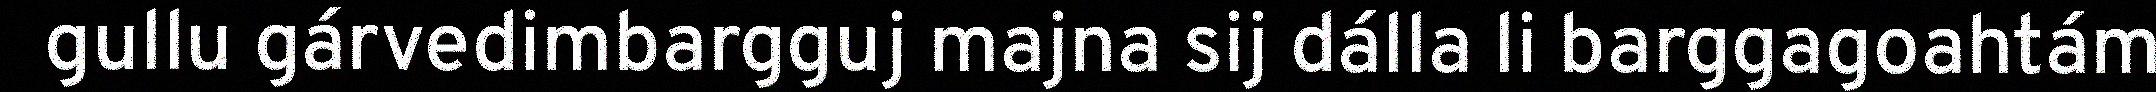
gullu gárvedimbargguj majna sij dálla li barggagoahtám